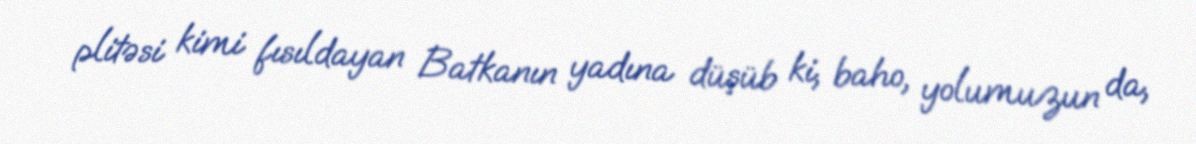
plitəsi kimi fısıldayan Batkanın yadına düşüb ki, baho, yolumuzun da,